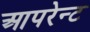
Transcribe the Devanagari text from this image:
आपरेन्ट